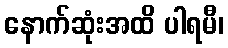
နောက်ဆုံးအထိ ပါရမီ၊